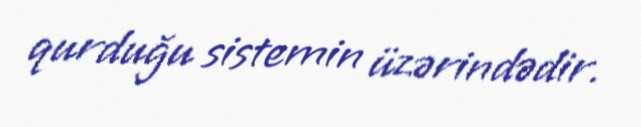
qurduğu sistemin üzərindədir.